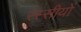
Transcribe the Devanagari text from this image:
रस्सीयों